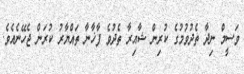
ވަސީމް ނިދާ ތެދުވުމުގެ ކުރިން ޝާއިރާ ތެދުވެ ފާޚާނާ ތައްޔާރު ކުރަން ޖެހޭނެއެވެ.